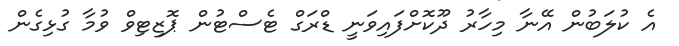
އެ ކުލަބުން އޭނާ މިހާރު ދޫކޮށްފައިވަނީ ޑްރަގް ޓެސްޓުން ޕޮޒިޓިވް ވުމާ ގުޅިގެން